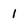
Character: 1